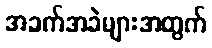
အခက်အခဲများအတွက်